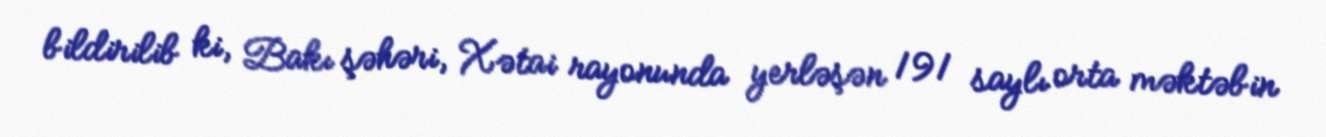
bildirilib ki, Bakı şəhəri, Xətai rayonunda yerləşən 191 saylı orta məktəbin